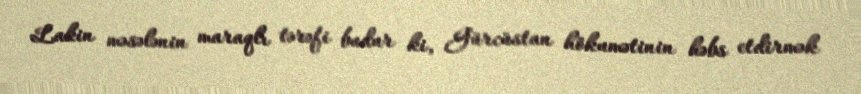
Lakin məsələnin maraqlı tərəfi budur ki, Gürcüstan hökumətinin həbs etdirmək